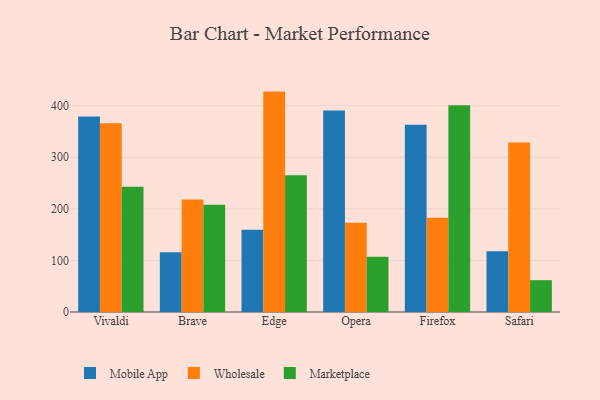
{"axis": {"x": "Browser", "y": "Bounce Rate (%)"}, "legend": ["Marketplace", "Mobile App", "Wholesale"], "data": [{"x": "Vivaldi", "y": 378.9, "type": "Mobile App"}, {"x": "Vivaldi", "y": 366.1, "type": "Wholesale"}, {"x": "Vivaldi", "y": 242.9, "type": "Marketplace"}, {"x": "Brave", "y": 115.6, "type": "Mobile App"}, {"x": "Brave", "y": 218.0, "type": "Wholesale"}, {"x": "Brave", "y": 207.8, "type": "Marketplace"}, {"x": "Edge", "y": 159.7, "type": "Mobile App"}, {"x": "Edge", "y": 427.3, "type": "Wholesale"}, {"x": "Edge", "y": 265.2, "type": "Marketplace"}, {"x": "Opera", "y": 390.5, "type": "Mobile App"}, {"x": "Opera", "y": 172.8, "type": "Wholesale"}, {"x": "Opera", "y": 107.2, "type": "Marketplace"}, {"x": "Firefox", "y": 363.1, "type": "Mobile App"}, {"x": "Firefox", "y": 182.9, "type": "Wholesale"}, {"x": "Firefox", "y": 401.0, "type": "Marketplace"}, {"x": "Safari", "y": 118.0, "type": "Mobile App"}, {"x": "Safari", "y": 328.7, "type": "Wholesale"}, {"x": "Safari", "y": 61.7, "type": "Marketplace"}]}